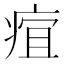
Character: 𤶢